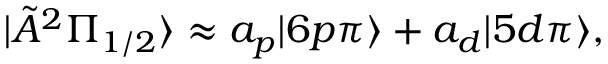
| \tilde { A } ^ { 2 } \Pi _ { 1 / 2 } \rangle \approx a _ { p } | 6 p \pi \rangle + a _ { d } | 5 d \pi \rangle ,